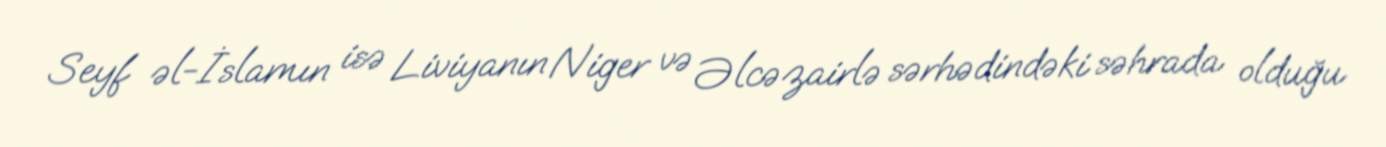
Seyf əl-İslamın isə Liviyanın Niger və Əlcəzairlə sərhədindəki səhrada olduğu